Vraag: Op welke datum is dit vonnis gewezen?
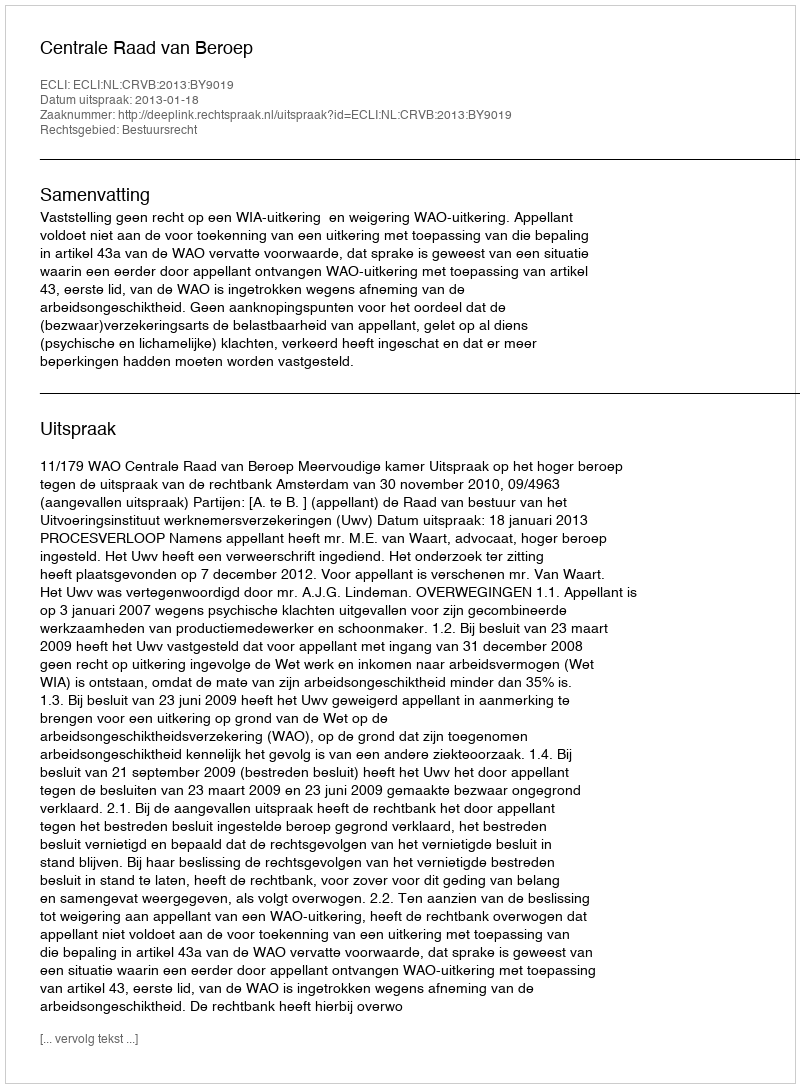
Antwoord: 2013-01-18